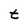
Character: t